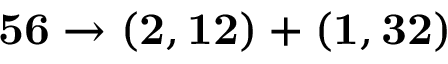
{ \bf 5 6 } \to ( { \bf 2 } , { \bf 1 2 } ) + ( { \bf 1 } , { \bf 3 2 } )